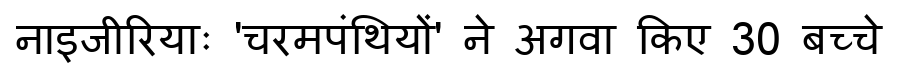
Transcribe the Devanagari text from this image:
नाइजीरियाः 'चरमपंथियों' ने अगवा किए 30 बच्चे